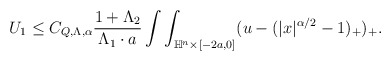
\begin{align*} \begin{aligned} U_1\leq C_{Q,\Lambda,\alpha} \frac{1+\Lambda_2}{\Lambda_1 \cdot a}\int\int_{\mathbb{H}^n\times[-2a,0]}(u-(|x|^{\alpha/2}-1)_+)_+.\\ \end{aligned} \end{align*}